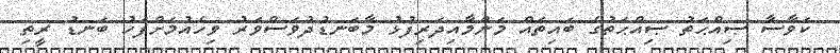
ކަވާސާ ޞިއްޙަތު ޞިއްޙަތުގެ ބައިތައް މަންމާއިދަރިފުޅު މާބަނޑުދުވަސްވަރު ވިހެއުމަށްފަހު ބަނޑު ރީތި